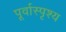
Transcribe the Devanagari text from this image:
पूर्वास्पृश्य